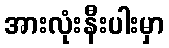
အားလုံးနီးပါးမှာ